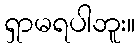
ရှာမရပါဘူး။